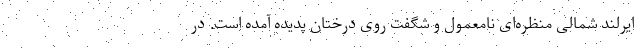
ایرلند شمالی منظره‌ای نامعمول و شگفت روی درختان پدیده آمده است. در